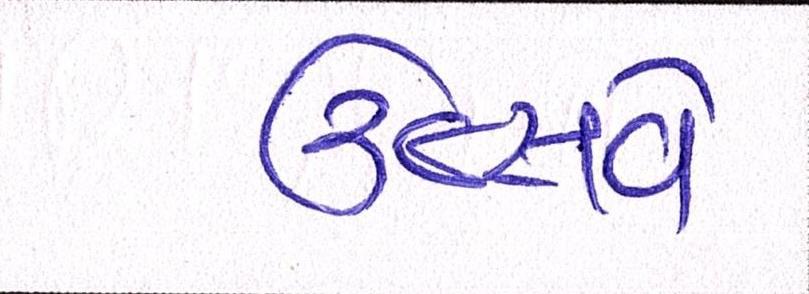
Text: ઉત્સવે